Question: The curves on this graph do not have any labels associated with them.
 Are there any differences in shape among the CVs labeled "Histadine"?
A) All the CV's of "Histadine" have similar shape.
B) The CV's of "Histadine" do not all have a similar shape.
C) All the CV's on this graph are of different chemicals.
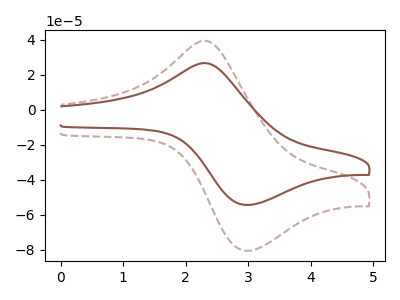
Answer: <think>The brown dashed curve "brown dashed" has an anodic peak at (2.35V, 39.00uA) and a cathodic peak at (2.95V, -80.60uA). The brown curve "brown" has an anodic peak at (2.35V, 26.35uA) and a cathodic peak at (2.95V, -54.45uA).
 All the peaks in "brown dashed" have a peak in "brown" at the same potential. Every peak in "brown dashed" is higher than every peak in "brown".</think>
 <answer>A) All the CV's of "Histadine" have similar shape.</answer>
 <eval>A</eval>